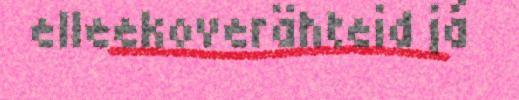
elleekoverähteid já